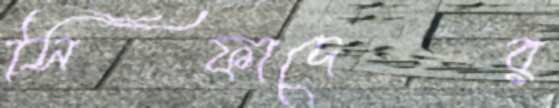
সিফাদের